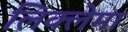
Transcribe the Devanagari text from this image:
लिक्लेमा